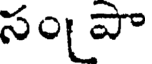
సం పా